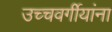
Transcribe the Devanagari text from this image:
उच्चवर्गीयांना